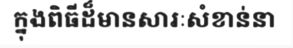
ក្នុងពិធីដ៏មានសារៈសំខាន់នា